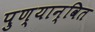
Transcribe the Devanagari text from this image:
पुण्यान्वित